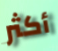
أكثر